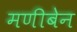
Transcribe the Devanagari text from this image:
मणीबेन